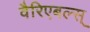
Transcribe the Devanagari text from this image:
वैरिएबल्स्